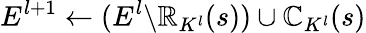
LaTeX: E^{l+1}\gets(E^{l}\backslash\mathbb{R}_{K^{l}}(s))\cup\mathbb{C}_{K^{l}}(s)